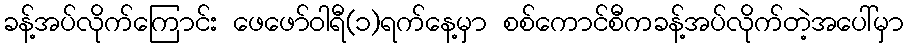
ခန့်အပ်လိုက်ကြောင်း ဖေဖော်ဝါရီ(၁)ရက်နေ့မှာ စစ်ကောင်စီကခန့်အပ်လိုက်တဲ့အပေါ်မှာ